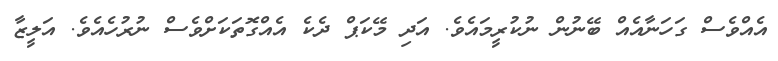
އެއްވެސް ގަހަނާއެއް ބޭނުން ނުކުރީމައެވެ. އަދި މޭކަޕް ދެކެ އެއްގޮތަކަށްވެސް ނުރުހެއެވެ. އަލީޒާ